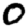
Digit: 0